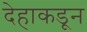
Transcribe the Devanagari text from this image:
देहाकडून